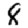
Digit: 8